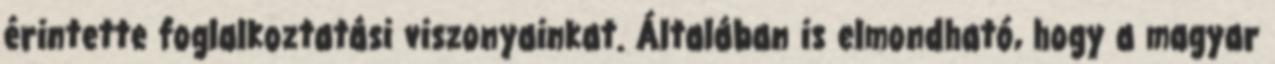
érintette foglalkoztatási viszonyainkat. Általában is elmondható, hogy a magyar